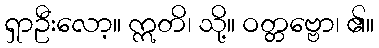
ရှာဦးလော့။ ဣတိ၊ သို့။ ဝတ္တဗ္ဗော၊ ၏။